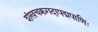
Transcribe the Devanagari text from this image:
शंखचक्रगदापद्मपाणिः